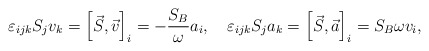
\begin{align*}\varepsilon_{ijk}S_jv_k=\left[\vec{S}, \vec{v}\right]_i=-\frac{S_B}{\omega}a_i, \quad\varepsilon_{ijk}S_ja_k=\left[\vec{S}, \vec{a}\right]_i={S_B}{\omega}v_i,\end{align*}